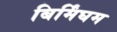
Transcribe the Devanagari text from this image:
बिर्मिंघम